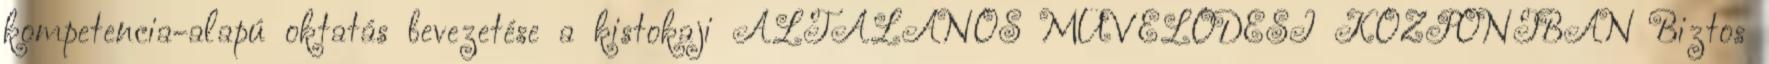
kompetencia-alapú oktatás bevezetése a kistokaji ÁLTALÁNOS MŰVELŐDÉSI KÖZPONTBAN Biztos